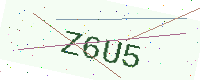
Text: Z6U5